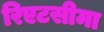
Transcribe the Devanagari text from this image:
रिएटसीमा